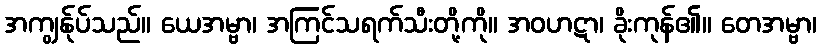
အကျွန်ုပ်သည်။ ယေအမ္ဗာ၊ အကြင်သရက်သီးတို့ကို။ အဝဟဋာ၊ ခိုးကုန်၏။ တေအမ္ဗာ၊